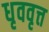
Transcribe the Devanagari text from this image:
धृववृत्त